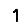
Digit: 1